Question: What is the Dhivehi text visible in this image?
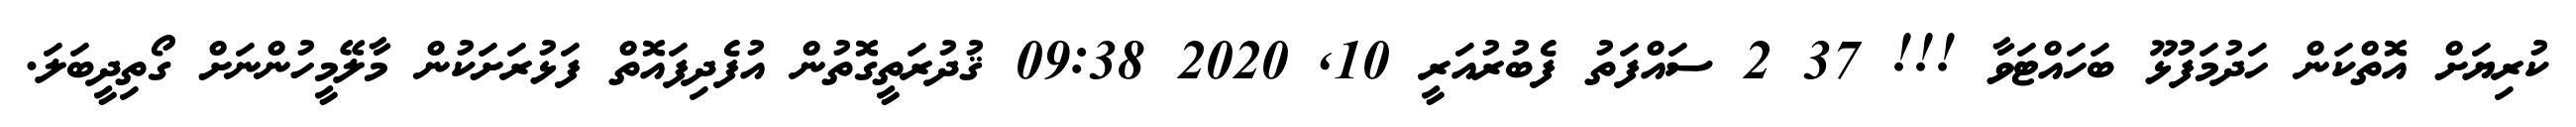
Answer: ކުރިޔަށް އޮތްކަން ހަދުމަފުޅޫ ބަހައްޓަވާ !!! 37 2 ސައްފަތު ފެބުރުއަރީ 10, 2020 09:38 ޤުދުރަތީގޮތުން އުފެދިފައޮތް ފަޅުރަށަކުން މާލޭމީހުންނަށް ގޯތިދީބަލަ.